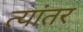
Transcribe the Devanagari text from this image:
त्यांतर